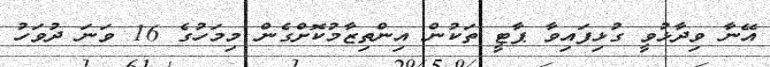
އޭނާ ވިދާޅުވީ ގުޅިފައިވާ ޕާޓީ ތަކުން އިންތިޒާމުކޮށްގެން މިމަހުގެ 16 ވަނަ ދުވަހު